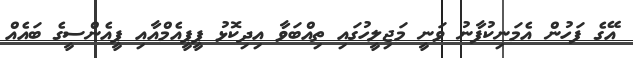
އޭގެ ފަހުން އެމަނިކުފާނު ވަނީ މަޖިލީހުގައި ތިއްބަވާ އިދިކޮޅު ޕީޕީއެމްއާއި ޕީއެންސީގެ ބައެއް